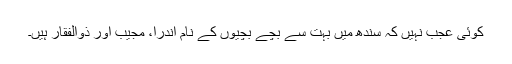
کوئی عجب نہیں کہ سندھ میں بہت سے بچے بچیوں کے نام اندرا، مجیب اور ذوالفقار ہیں۔